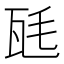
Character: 瓱